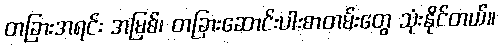
တခြားအရင်း အမြစ်၊ တခြားဆောင်းပါးစာတမ်းတွေ သုံးနိုင်တယ်။